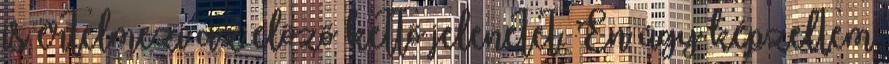
is értelmezi az előző kettő jelenetet. Én úgy képzeltem